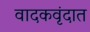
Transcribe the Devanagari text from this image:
वादकवृंदात